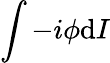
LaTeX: \int-i\phi\mathrm{d}I